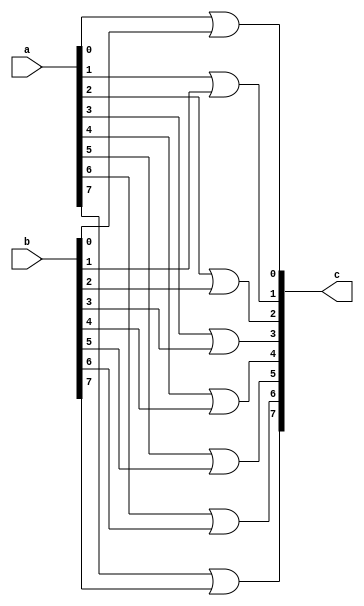
`timescale 1ns / 1ps
//////////////////////////////////////////////////////////////////////////////////
// Company: 
// Engineer: 
// 
// Design Name: 
// Module Name:    or_mod_v2 
// Project Name: 
// Target Devices: 
// Tool versions: 
// Description: 
//
// Dependencies: 
//
// Revision: 
// Revision 0.01 - File Created
// Additional Comments: 
//
//////////////////////////////////////////////////////////////////////////////////
module or_mod_v2(a,b,c  );
parameter size=8;

input [size-1:0] a;
input [size-1:0] b;

output[size-1:0] c;

genvar i;

generate
	for(i=0; i<size; i=i+1) begin:orblock
		or or1(c[i],a[i],b[i]);
	end
endgenerate


endmodule